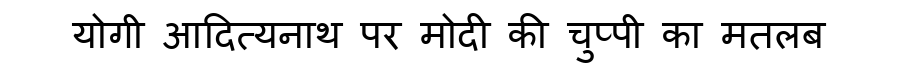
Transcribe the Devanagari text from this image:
योगी आदित्यनाथ पर मोदी की चुप्पी का मतलब